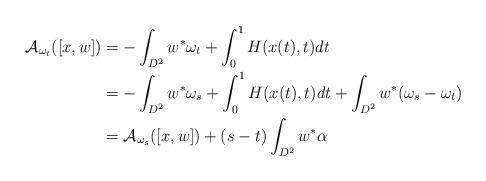
LaTeX: \begin{align*}\mathcal A_{\omega_t} ([x,w]) & = - \int_{D^2} w^*\omega_t + \int_0^1 H(x(t),t)dt \\& = - \int_{D^2} w^*\omega_s + \int_0^1 H(x(t),t) dt + \int_{D^2} w^*(\omega_s - \omega_t) \\& = \mathcal A_{\omega_s}([x,w]) + (s-t) \int_{D^2} w^*\alpha\end{align*}